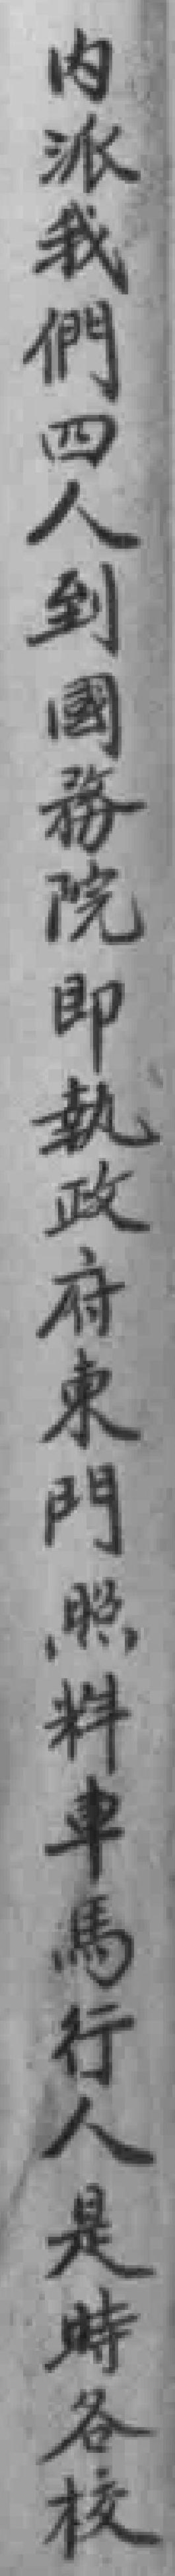
内派我們四人到國務院即執政府東門照料車馬行人是時各校